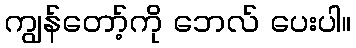
ကျွန်တော့်ကို ဘေလ် ပေးပါ။